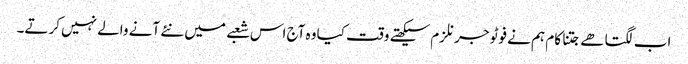
اب لگتا ھے جتنا کام ہم نے فوٹو جرنلزم سیکھتے وقت کیا وہ آج اس شعبے میں نئے آنے والے نہیں کرتے۔